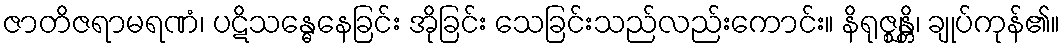
ဇာတိဇရာမရဏံ၊ ပဋိသန္ဓေနေခြင်း အိုခြင်း သေခြင်းသည်လည်းကောင်း။ နိရုဇ္ဈန္တိ၊ ချုပ်ကုန်၏။